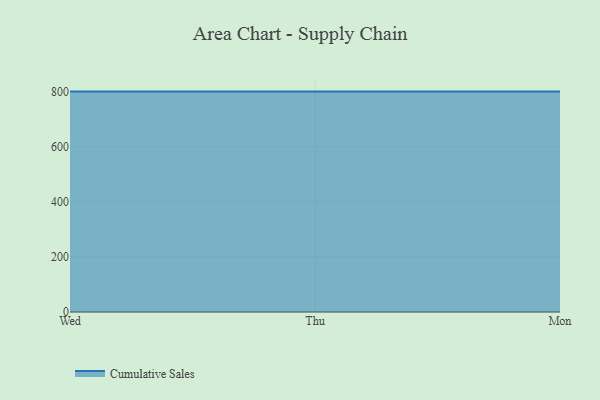
{"axis": {"x": "Day", "y": "Backlog"}, "legend": ["Cumulative Sales"], "data": [{"x": "Wed", "y": 800, "type": "Cumulative Sales"}, {"x": "Thu", "y": 800, "type": "Cumulative Sales"}, {"x": "Mon", "y": 800, "type": "Cumulative Sales"}]}